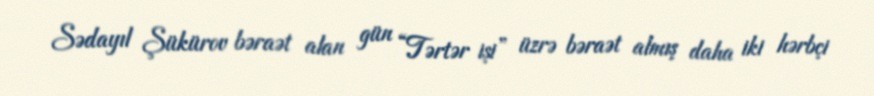
Sədayıl Şükürov bəraət alan gün “Tərtər işi” üzrə bəraət almış daha iki hərbçi